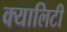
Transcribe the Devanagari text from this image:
क्यालिटी